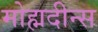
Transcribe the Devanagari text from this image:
मोह्मदीन्स